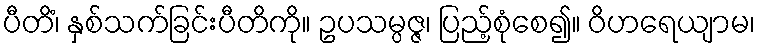
ပီတိံ၊ နှစ်သက်ခြင်းပီတိကို။ ဥပသမ္ပဇ္ဇ၊ ပြည့်စုံစေ၍။ ဝိဟရေယျာမ၊